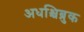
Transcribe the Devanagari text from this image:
अधश्चिब्रुक